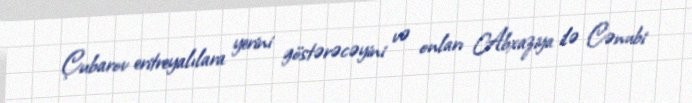
Çubarov eritreyalılara yerini göstərəcəyini və onları Abxaziya ilə Cənubi